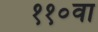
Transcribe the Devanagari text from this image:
११०वा